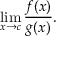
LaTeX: \operatorname* { l i m } _ { x \to c } { \frac { f ( x ) } { g ( x ) } } .